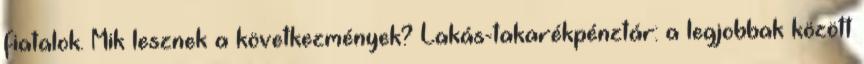
fiatalok. Mik lesznek a következmények? Lakás-takarékpénztár: a legjobbak között